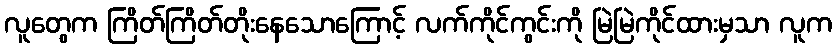
လူတွေက ကြိတ်ကြိတ်တိုးနေသောကြောင့် လက်ကိုင်ကွင်းကို မြဲမြဲကိုင်ထားမှသာ လူက